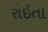
રોઇતા